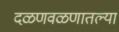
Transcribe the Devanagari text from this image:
दळणवळणातल्या